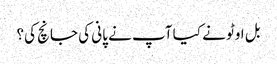
بل اوٹو نے کیا آپ نے پانی کی جانچ کی؟